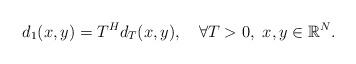
LaTeX: \begin{align*}d_{1}(x,y)=T^{H}d_{T}(x,y),\ \ \ \forall T>0,\ x,y\in\mathbb{R}^{N}.\end{align*}